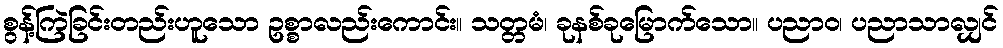
စွန့်ကြဲခြင်းတည်းဟူသော ဥစ္စာလည်းကောင်း။ သတ္တမံ၊ ခုနစ်ခုမြောက်သော။ ပညာဝ၊ ပညာသာလျှင်